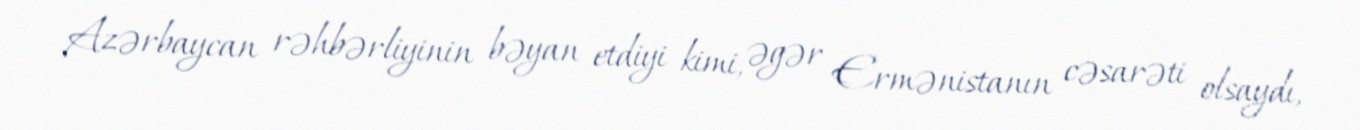
Azərbaycan rəhbərliyinin bəyan etdiyi kimi, əgər Ermənistanın cəsarəti olsaydı,